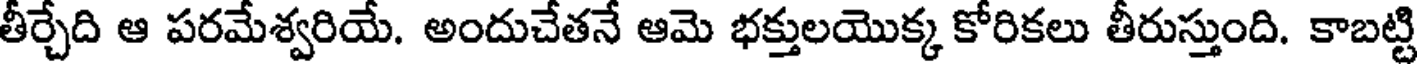
తీర్చేది ఆ పరమేశ్వరియే. అందుచేతనే ఆమె భక్తులయొక్క కోరికలు తీరుస్తుంది. కాబట్టి